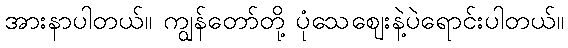
အားနာပါတယ်။ ကျွန်တော်တို့ ပုံသေဈေးနဲ့ပဲရောင်းပါတယ်။